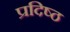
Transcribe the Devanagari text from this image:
प्रदिष्ठ